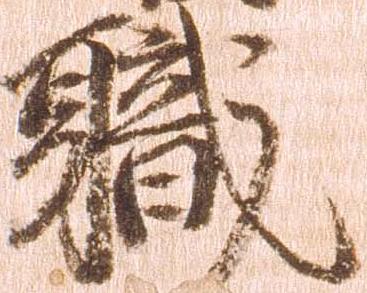
職